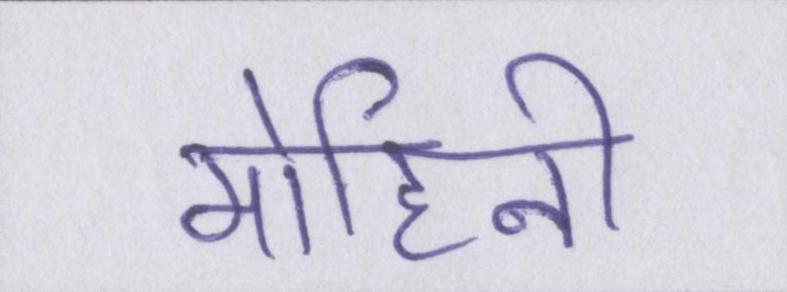
मोहिनी